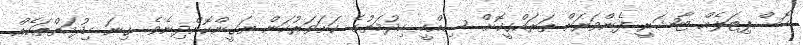
ހޮސްޕިޓަލެއް ޓާޝަރީ ފެންވަރަށް ތަރައްގީކޮށް ސިއްހީ ހިދުމަތުގެ ކަށަވަރުކަން ޔަގީންކޮށްދިނެވެ. ގިނަ ހިދުމަތްތަކެއް